画像に写った文字を読んでください
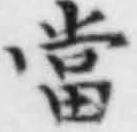
「當」と書いてあります